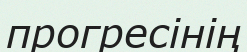
прогресінің